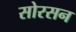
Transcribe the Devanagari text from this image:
सोरसन